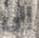
إلى